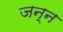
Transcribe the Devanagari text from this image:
जन्न